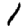
Digit: 1